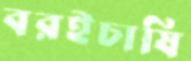
বরইচাষি